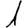
Digit: 1